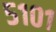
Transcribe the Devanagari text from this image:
५१०१